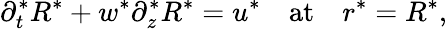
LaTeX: \partial_{t}^{*}R^{*}+w^{*}\partial_{z}^{*}R^{*}=u^{*}\quad\mathrm{at}\quad r^{*}=R^{*},